Indian journal of veterinary science and animal husbandry - Volume 5,
Year: 1935
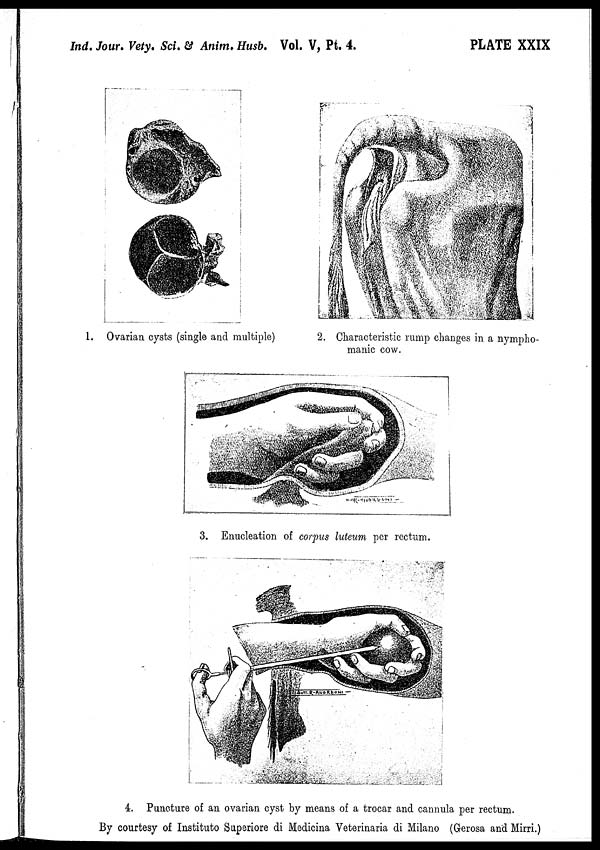
Ind. Jour. Vety. Sci & Anim . Husb. Vol. V, Pt. 4.
PLATE XXIX
1. Ovarian cysts (single and multiple)
2. Characteristic rump changes in a nympho-
manic cow.
3. Enucleation of corpus luteum per rectum.
4. Puncture of an ovarian cyst by means of a trocar and cannula per rectum.
By courtesy of Instituto Superiore di Medicina Veterinaria di Milano (Gerosa and Mirri.)